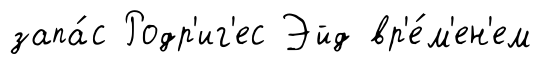
запа́с Родр'иг'ес Эйд вр'е́м'ен'ем